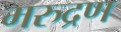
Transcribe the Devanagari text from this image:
मरुद्रण